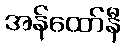
အန်ထော်နီ